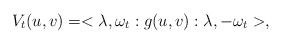
\begin{align*}V_t(u,v)=<\lambda ,\omega _t:g(u,v):\lambda ,-\omega _t>,\end{align*}